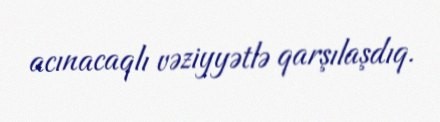
acınacaqlı vəziyyətlə qarşılaşdıq.